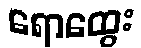
ရောထွေး